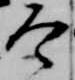
令